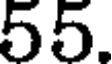
55.